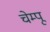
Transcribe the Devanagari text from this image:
चेम्पू